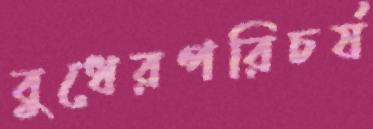
বুধেরপরিচর্য